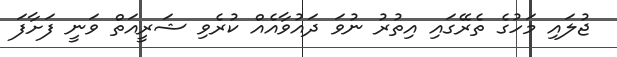
ޖުލައި މަހުގެ ތެރޭގައި އިތުރު ނުވަ ދައުވާއެއް ކުރެވި ޝަރީއަތް ވަނީ ފަށާފަ